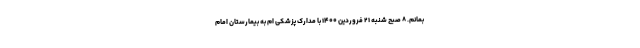
بمانم. ۸ صبح شنبه ۲۱ فروردین ۱۴۰۰ با مدارک پزشکی ام به بیمارستان امام